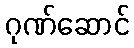
ဂုဏ်ဆောင်